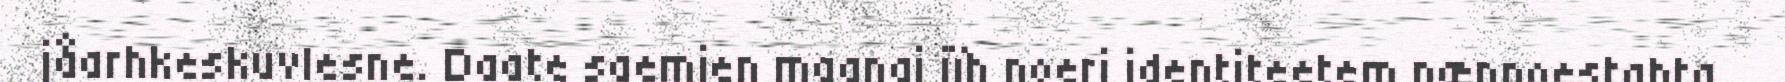
jåarhkeskuvlesne. Daate saemien maanaj jïh noeri identiteetem nænnoestahta,